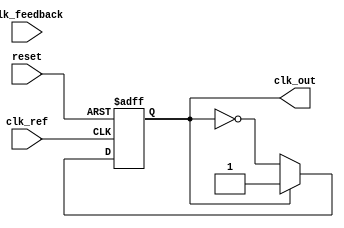
module MemoryBlocksPLL (
    input wire clk_ref,          // Reference clock input
    input wire clk_feedback,     // Feedback clock input
    input wire reset,            // Reset signal
    output reg clk_out           // Output clock signal
);

// Parameters
parameter N = 4;             // Number of memory blocks/states
parameter Kp = 1;            // Proportional gain for loop filter
parameter Ki = 1;            // Integral gain for loop filter

// Internal signals
reg [N-1:0] phase_memory;    // Memory block to store phase information
reg [31:0] control_voltage;   // Control voltage for VCO
reg [31:0] vco_frequency;     // Frequency of the VCO
reg [31:0] phase_error;       // Phase error signal
reg [31:0] avg_phase_error;   // Averaged phase error from the loop filter

// Phase Detector (PD)
always @(posedge clk_ref or posedge reset) begin
    if (reset) begin
        phase_memory <= 0;
        phase_error <= 0;
    end else begin
        // Sample the phase difference
        if (clk_ref && !clk_feedback) begin
            phase_error <= phase_error + 1; // Phase leading
        end else if (!clk_ref && clk_feedback) begin
            phase_error <= phase_error - 1; // Phase lagging
        end
        // Store phase error in memory block (circular buffer)
        phase_memory <= {phase_memory[N-2:0], phase_error};
    end
end

// Loop Filter (LF)
always @(posedge clk_ref or posedge reset) begin
    if (reset) begin
        avg_phase_error <= 0;
        control_voltage <= 0;
    end else begin
        // Proportional-Integral filter for control voltage
        avg_phase_error <= avg_phase_error + phase_error; // Accumulate phase error
        control_voltage <= Kp * phase_error + Ki * avg_phase_error; // PI control
    end
end

// Voltage-Controlled Oscillator (VCO)
always @(posedge clk_ref or posedge reset) begin
    if (reset) begin
        vco_frequency <= 100; // Default frequency
        clk_out <= 0;
    end else begin
        // Adjust VCO frequency based on control voltage
        vco_frequency <= vco_frequency + control_voltage; // Update frequency based on control voltage
        
        // Generate output clock
        clk_out <= (clk_out == 0) ? !clk_out : clk_out; // Toggle for example
    end
end

endmodule